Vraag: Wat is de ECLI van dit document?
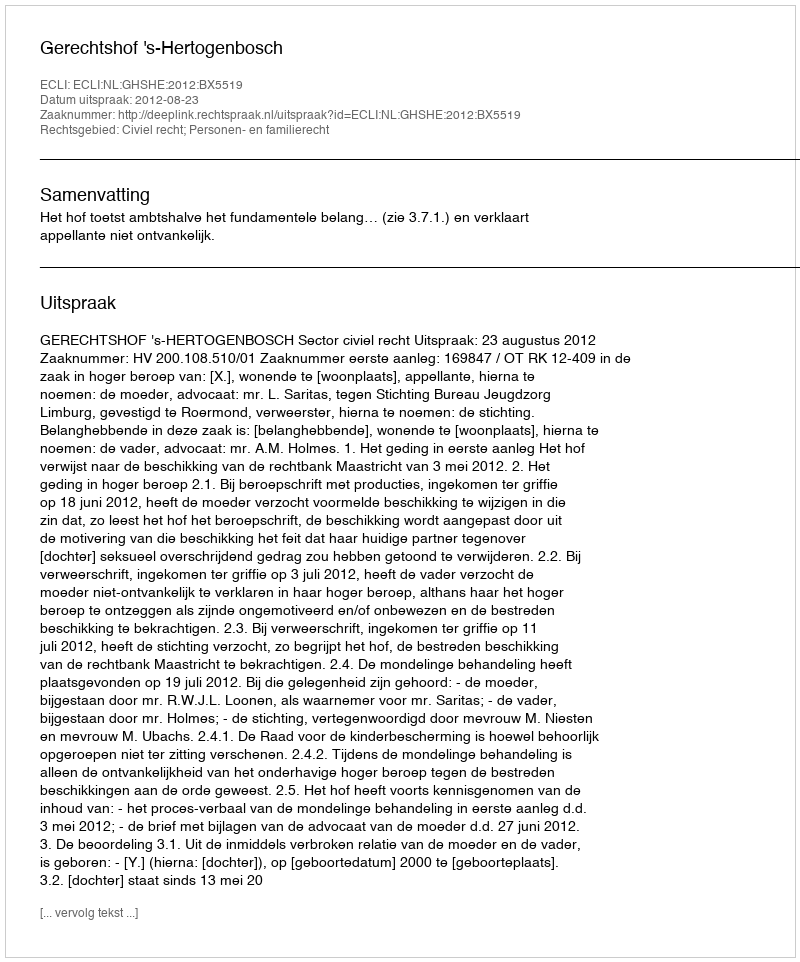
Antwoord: ECLI:NL:GHSHE:2012:BX5519